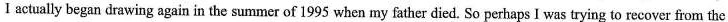
I actually began drawing again in the summer of 1995 when my father died. So perhaps I was trying to recover from the